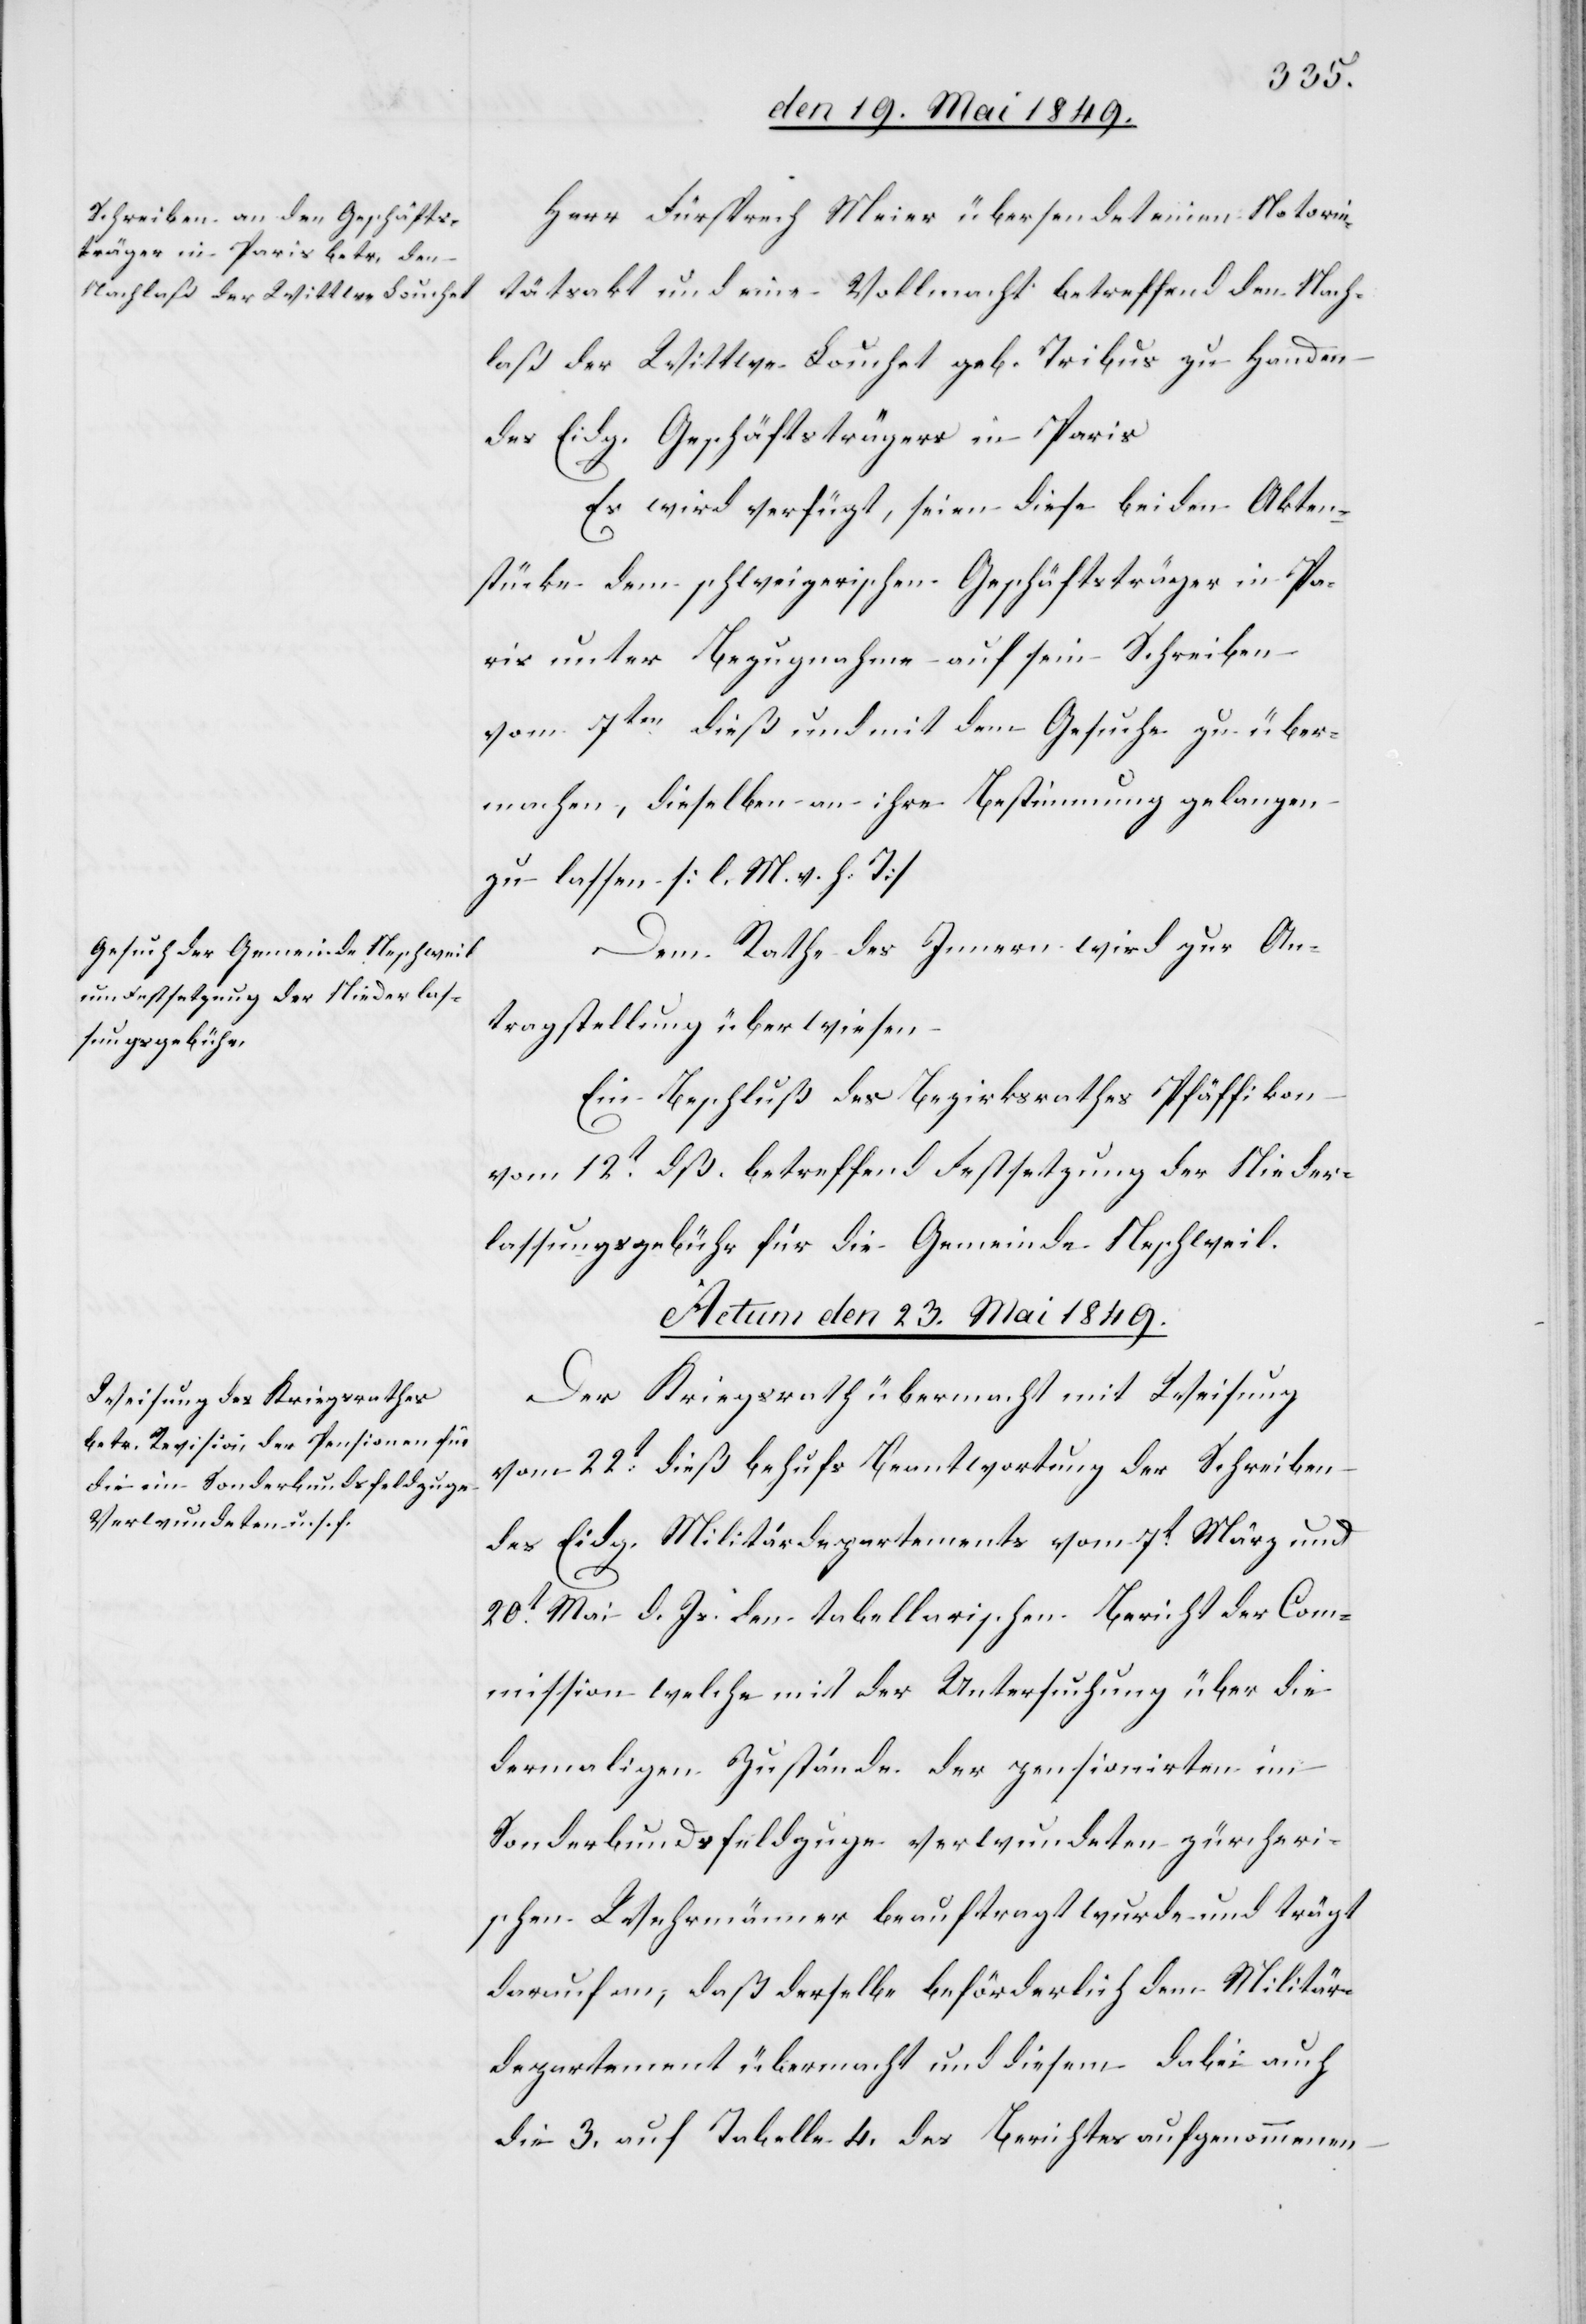
Herr Fürsprech Meier übersendet einen Notorie¬
tätsakt und eine Vollmacht betreffend den Nach¬
laß der Wittwe Lauchet geb. Tribus zu Handen
des Eidg. Geschäftsträgers in Paris
Es wird verfügt, seien diese beiden Akten¬
stücke dem schweizerischen Geschäftsträger in Pa¬
ris unter Bezugnahme auf sein Schreiben
vom 7ten dieß und mit dem Gesuche zu über¬
machen, dieselben an ihre Bestimmung gelangen
zu lassen [l. M. h. T][.]
Dem Rathe des Innern wird zur An¬
tragstellung überwiesen.
Ein Beschluß des Bezirksrathes Pfäffikon
vom 12t dß. betreffend Festsetzung der Nieder¬
lassungsgebühr für die Gemeinde Neschweil.
Actum den 23. Mai 1849.
Der Kriegsrath übermacht mit Weisung
vom 22t dieß behufs Beantwortung der Schreiben
des Eidg. Militärdepartements vom 7t März und
20t d. Js. den tabellarischen Bericht der Com¬
mission welche mit der Untersuchung über die
dermaligen Zustände der pensionirten im
Sonderbundsfeldzuge verwundeten zürcheri¬
schen Wehrmänner beauftragt wurde und trägt
darauf an, daß derselbe beförderlich dem Militär¬
departement übermacht und diesem dabei auch
die 3. auf Tabelle 4. des Berichtes aufgenommen